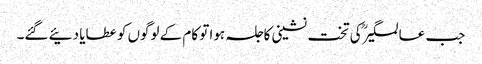
جب عالمگیرؒ کی تخت نشینی کاجلسہ ہوا تو کام کے لوگوں کو عطایا دئیے گئے۔